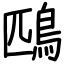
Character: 鴄